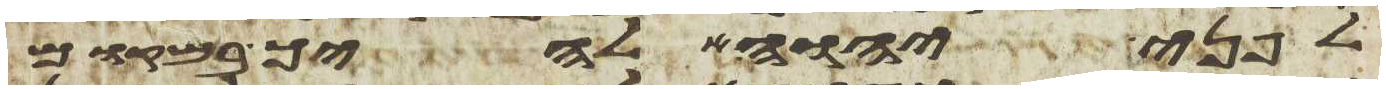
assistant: לפני יהוה אלהיך במקום